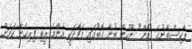
ޕާކިސްތާނުގެ "ޑޯން" ނޫހުން ބުނާ ގޮތުގައި ފަވާދަކީ އެންމެ ރީތި ފިރިހެނާ ކަމަށް